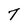
Character: 7